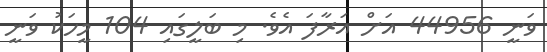
ވަނީ 44956 އަށް އަރާފަ އެވެ. މި ބަލީގައި 104 މީހަކު ވަނީ